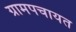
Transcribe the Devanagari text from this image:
ग्रामपचायत